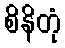
စိနိတုံ